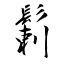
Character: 鬎